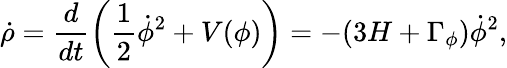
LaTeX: \dot{\rho}=\frac{d}{dt}\left(\frac{1}{2}\dot{\phi}^{2}+V(\phi)\right)=-(3H+\Gamma_{\phi})\dot{\phi}^{2},